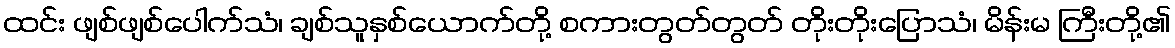
ထင်း ဖျစ်ဖျစ်ပေါက်သံ၊ ချစ်သူနှစ်ယောက်တို့ စကားတွတ်တွတ် တိုးတိုးပြောသံ၊ မိန်းမ ကြီးတို့၏